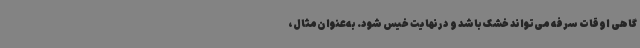
گاهی اوقات سرفه می‌تواند خشک باشد و درنهایت خیس شود. به‌عنوان‌مثال،